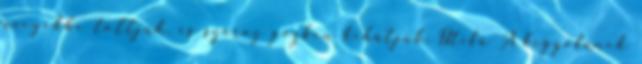
üvegekbe töltjük, és száraz gőzben kihűtjük. Útifű A kígyófűnek